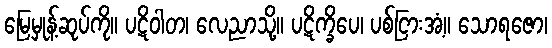
မြေမှုန့်ဆုပ်ကို။ ပဋိဝါတ၊ လေညာသို့။ ပဋိက္ခိပေ၊ ပစ်ငြားအံ့။ သောရဇော၊